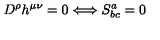
D ^ { \rho } h ^ { \mu \nu } = 0 \Longleftrightarrow S _ { b c } ^ { a } = 0